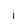
Character: i